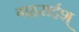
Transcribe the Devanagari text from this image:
गहराईश्